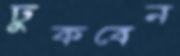
ঢুকবেন